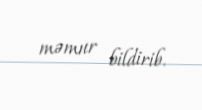
məmur bildirib.